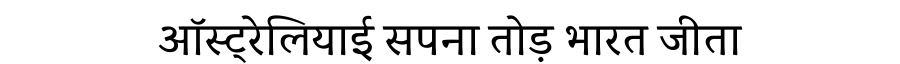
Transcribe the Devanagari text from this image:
ऑस्ट्रेलियाई सपना तोड़ भारत जीता